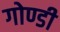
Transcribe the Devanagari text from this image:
गोण्डी